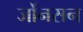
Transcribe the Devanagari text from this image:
जोँनसन